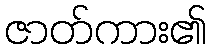
ဇာတ်ကား၏